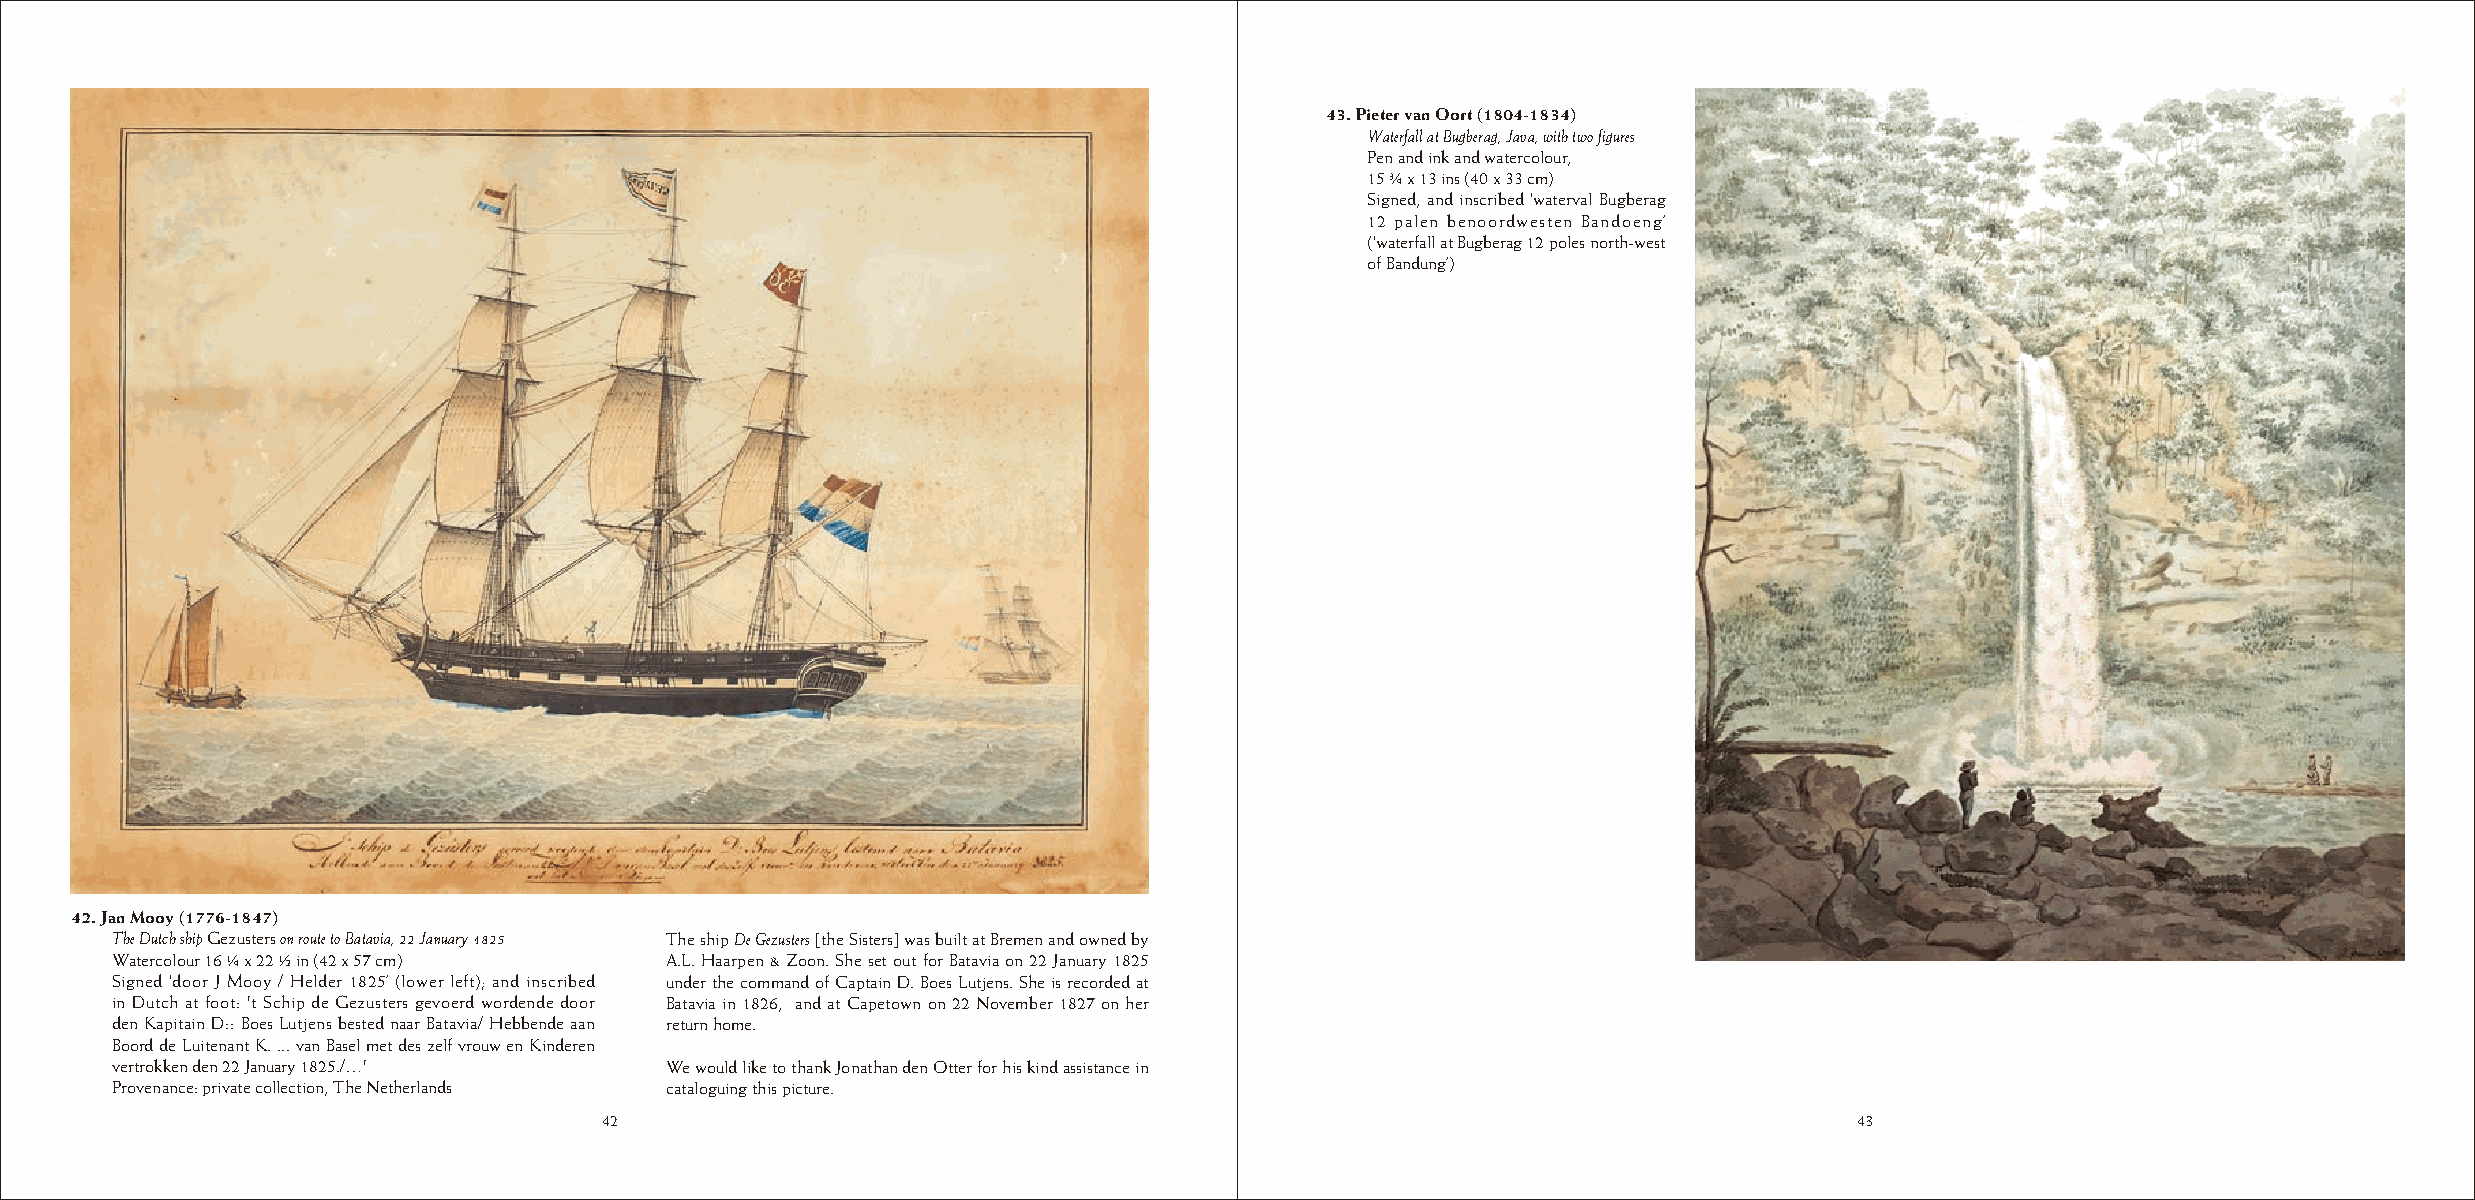
43. Pieter van Oort (1804-1834)
 Waterfall at Bugberag, Java, with two figures
 Pen and ink and watercolour,
 15 ¾ x 13 ins (40 x 33 cm)
 Signed, and inscribed ‘waterval Bugberag
 12 palen benoordwesten Bandoeng’
 (‘waterfall at Bugberag 12 poles north-west
 of Bandung’)
 42. Jan Mooy (1776-1847)
 The Dutch ship Gezusters on route to Batavia, 22 January 1825 The ship De Gezusters [the Sisters] was built at Bremen and owned by
 Watercolour 16 ¼ x 22 ½ in (42 x 57 cm) A.L. Haarpen & Zoon. She set out for Batavia on 22 January 1825
 Signed ‘door J Mooy / Helder 1825’ (lower left); and inscribed under the command of Captain D. Boes Lutjens. She is recorded at
 in Dutch at foot: 't Schip de Gezusters gevoerd wordende door Batavia in 1826, and at Capetown on 22 November 1827 on her
 den Kapitain D:: Boes Lutjens bested naar Batavia/ Hebbende aan return home.
 Boord de Luitenant K. ... van Basel met des zelf vrouw en Kinderen
 vertrokken den 22 January 1825./…'   We would like to thank Jonathan den Otter for his kind assistance in
 Provenance: private collection, The Netherlands cataloguing this picture.
 42                                                                                 43
 42                                                                                 43